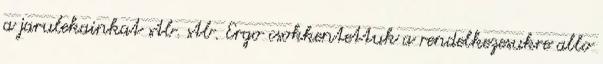
a jarulekainkat stb. stb. Ergo csokkentettuk a rendelkezesukre allo